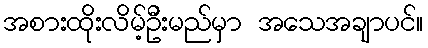
အစားထိုးလိမ့်ဦးမည်မှာ အသေအချာပင်။